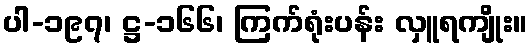
ပါ-၁၉၇၊ ဋ္ဌ-၁၆၆၊ ကြက်ရုံးပန်း လှူရကျိုး။